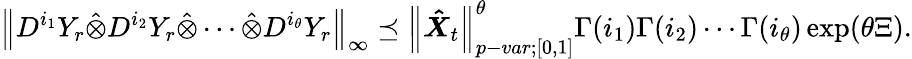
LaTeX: {\left\lVert{D^{i_{1}}Y_{r}\hat{\otimes}D^{i_{2}}Y_{r}\hat{\otimes}\cdots\hat{\otimes}D^{i_{\theta}}Y_{r}}\right\rVert}_{\infty}\preceq{\left\lVert{\boldsymbol{\hat{X}}_{t}}\right\rVert}_{p-var;[0,1]}^{\theta}\Gamma(i_{1})\Gamma(i_{2})\cdots\Gamma(i_{\theta})\exp(\theta\Xi).